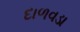
દાળવડા